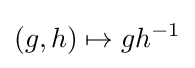
(g,h)\mapsto gh^{-1}